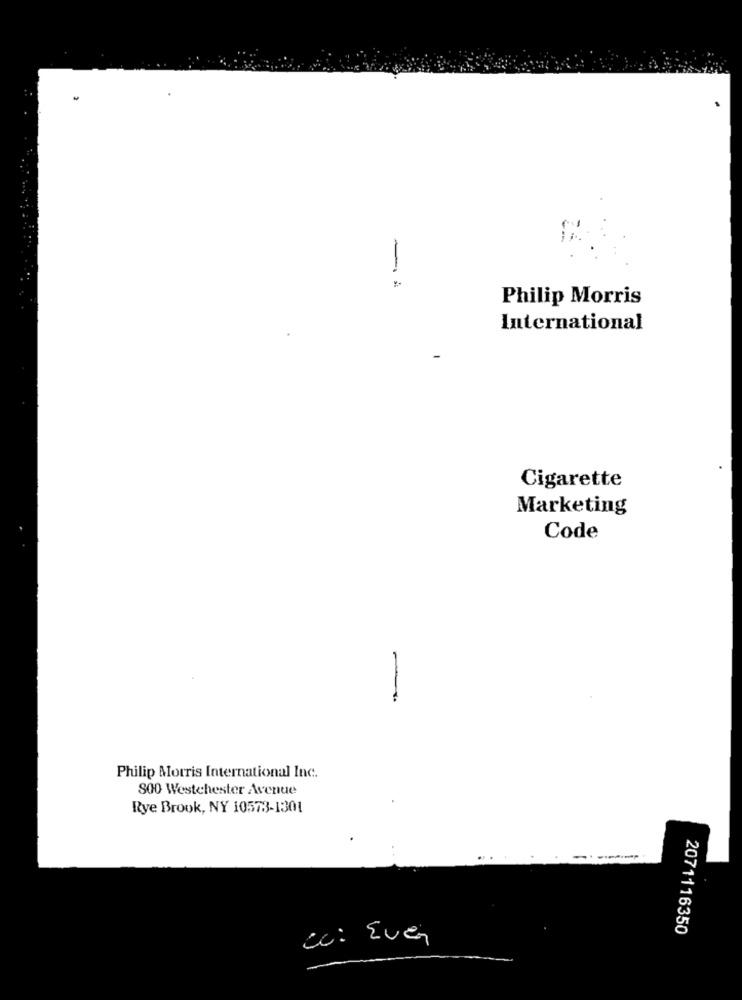
Philip Morris
International
Cigarette
Marketing
Code
-
Philip Morris International Inc.
800 Westchester Avenue
Rye Brook, NY 10573-1301
2071116350
cc: Even